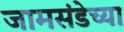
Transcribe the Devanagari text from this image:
जामसंडेच्या